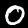
Digit: 0